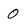
Character: 0